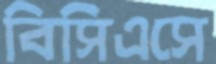
বিসিএসে